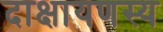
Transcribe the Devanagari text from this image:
दाक्षायणस्य